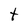
Character: t